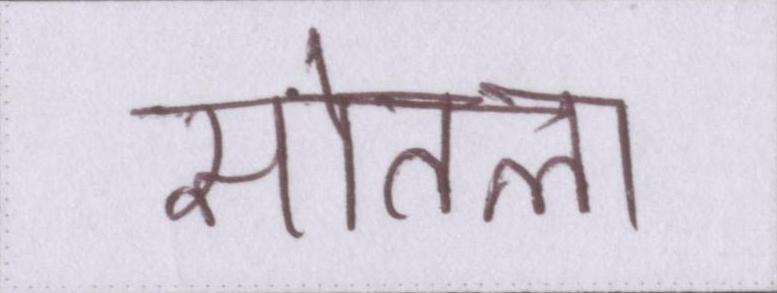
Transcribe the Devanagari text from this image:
सोतला